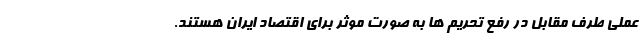
عملی طرف مقابل در رفع تحریم ها به صورت موثر برای اقتصاد ایران هستند.